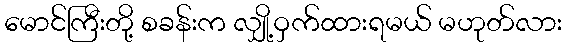
မောင်ကြီးတို့ စခန်းက လျှို့ဝှက်ထားရမယ် မဟုတ်လား